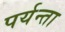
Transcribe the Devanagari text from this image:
पर्यन्ता